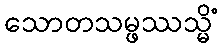
သောတသမ္ဖဿသ္မိံ